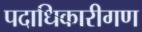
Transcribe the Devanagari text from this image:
पदाधिकारीगण